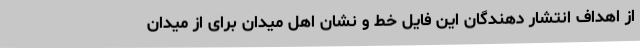
از اهداف انتشار دهندگان این فایل خط و نشان اهل میدان برای از میدان